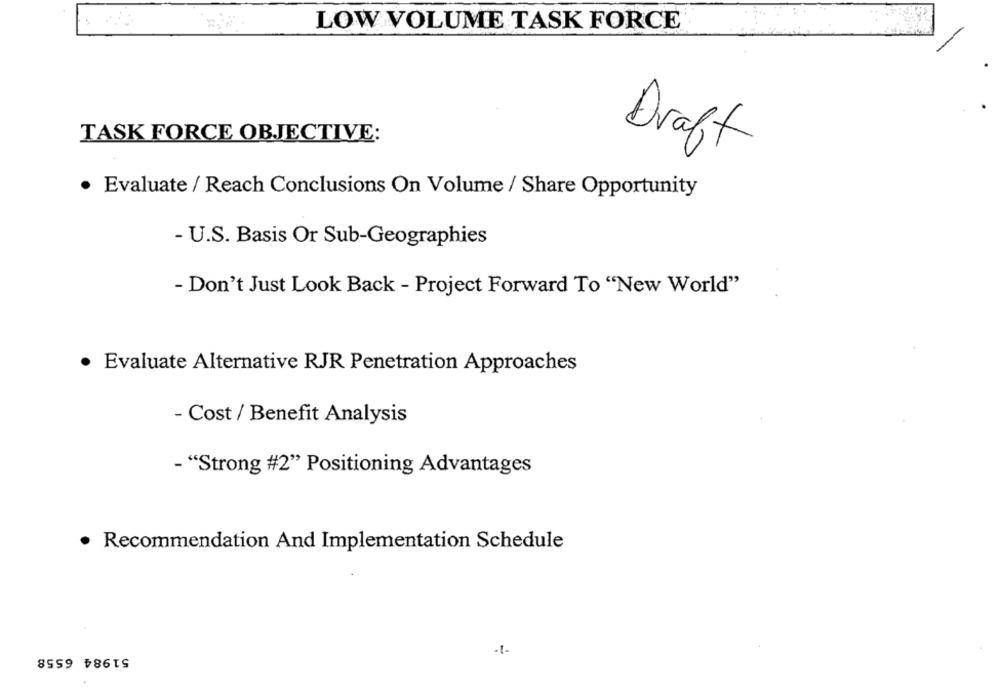
LOW VOLUME TASK FORCE
TASK FORCE OBJECTIVE:
Draft
· Evaluate / Reach Conclusions On Volume / Share Opportunity
- U.S. Basis Or Sub-Geographies
- Don't Just Look Back - Project Forward To "New World"
· Evaluate Alternative RJR Penetration Approaches
- Cost / Benefit Analysis
- "Strong #2" Positioning Advantages
· Recommendation And Implementation Schedule
51984 6558
-1-